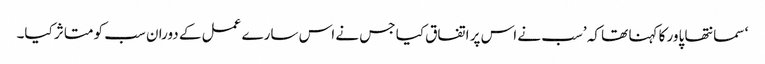
‘ سمانتھا پاور کا کہنا تھا کہ ’سب نے اس پر اتفاق کیا جس نے اس سارے عمل کے دوران سب کو متاثر کیا۔